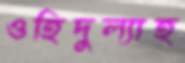
ওহিদুল্যাহ